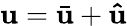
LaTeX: {\mathbf{u}}={\bar{\mathbf{u}}}+{\mathbf{\hat{u}}}